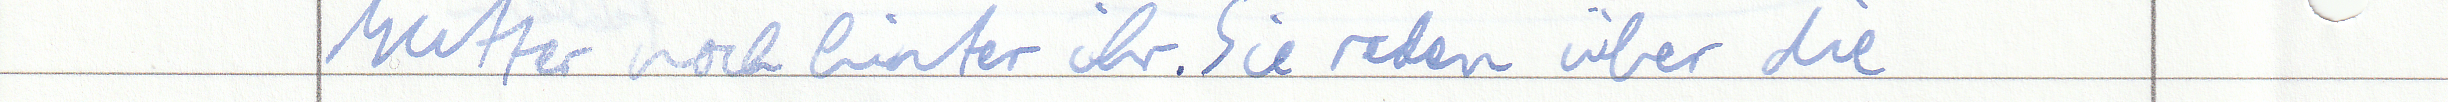
Mutter noch hinter ihr. Sie reden über die